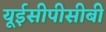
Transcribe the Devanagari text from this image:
यूईसीपीसीबी